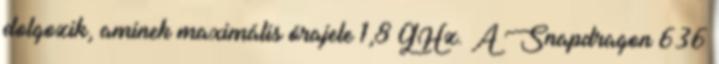
dolgozik, aminek maximális órajele 1,8 GHz. A Snapdragon 636